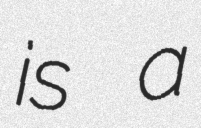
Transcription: is a